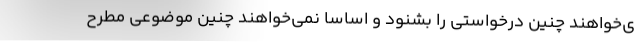
ی‌خواهند چنین درخواستی را بشنود و اساسا نمی‌خواهند چنین موضوعی مطرح